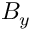
B _ { y }